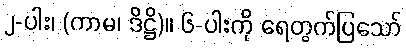
၂-ပါး၊ (ကာမ၊ ဒိဋ္ဌိ)။ ၆-ပါးကို ရေတွက်ပြသော်